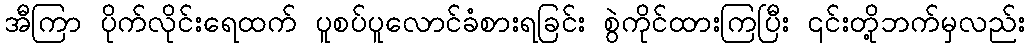
အီကြာ ပိုက်လိုင်းရေထက် ပူစပ်ပူလောင်ခံစားရခြင်း စွဲကိုင်ထားကြပြီး ၎င်းတို့ဘက်မှလည်း